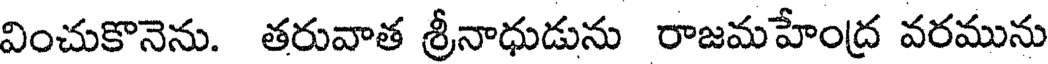
వించుకొనెను. తరువాత శ్రీనాధుడును రాజమహేంద్ర వరమును